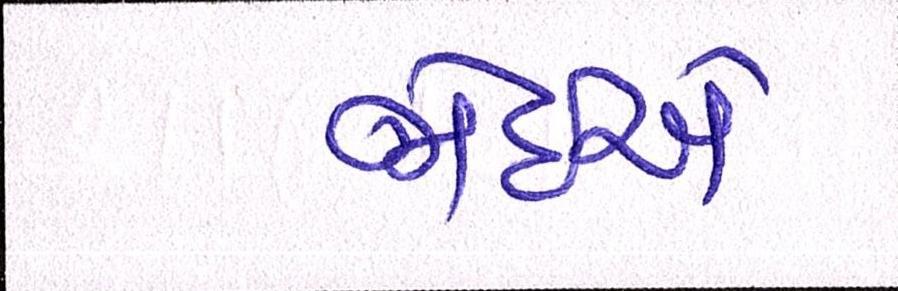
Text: જોઇએ